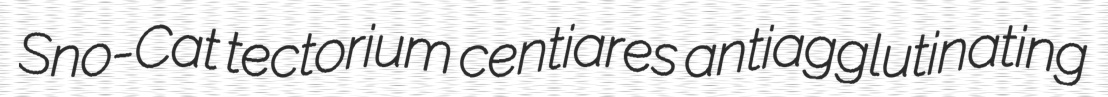
Sno-Cat tectorium centiares antiagglutinating